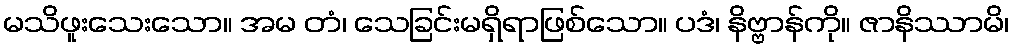
မသိဖူးသေးသော။ အမ တံ၊ သေခြင်းမရှိရာဖြစ်သော။ ပဒံ၊ နိဗ္ဗာန်ကို။ ဇာနိဿာမိ၊